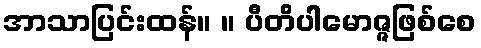
အာသာပြင်းထန်။ ။ ပီတိပါမောဇ္ဇဖြစ်စေ